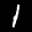
Label: 1